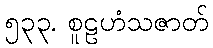
၅၃၃. စူဠဟံသဇာတ်